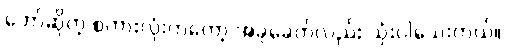
ဘော်ဆိုတဲ့ စကားလုံးကတော့ အခုခေတ်လည်း သုံးပါသေးတယ်။